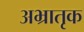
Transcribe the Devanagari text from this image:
अभ्रातृक